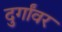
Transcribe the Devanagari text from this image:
दुर्गांवर